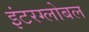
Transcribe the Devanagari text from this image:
इंटरग्लोबल